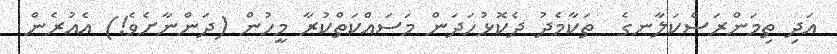
އަދި ތިމަންރަސްކަލާނގެ  ތަކާމެދު ދެކޮޅުހަދަން މަސައްކަތްކުރާ މީހުން (ދަންނާށެވެ!) އެއުރެން